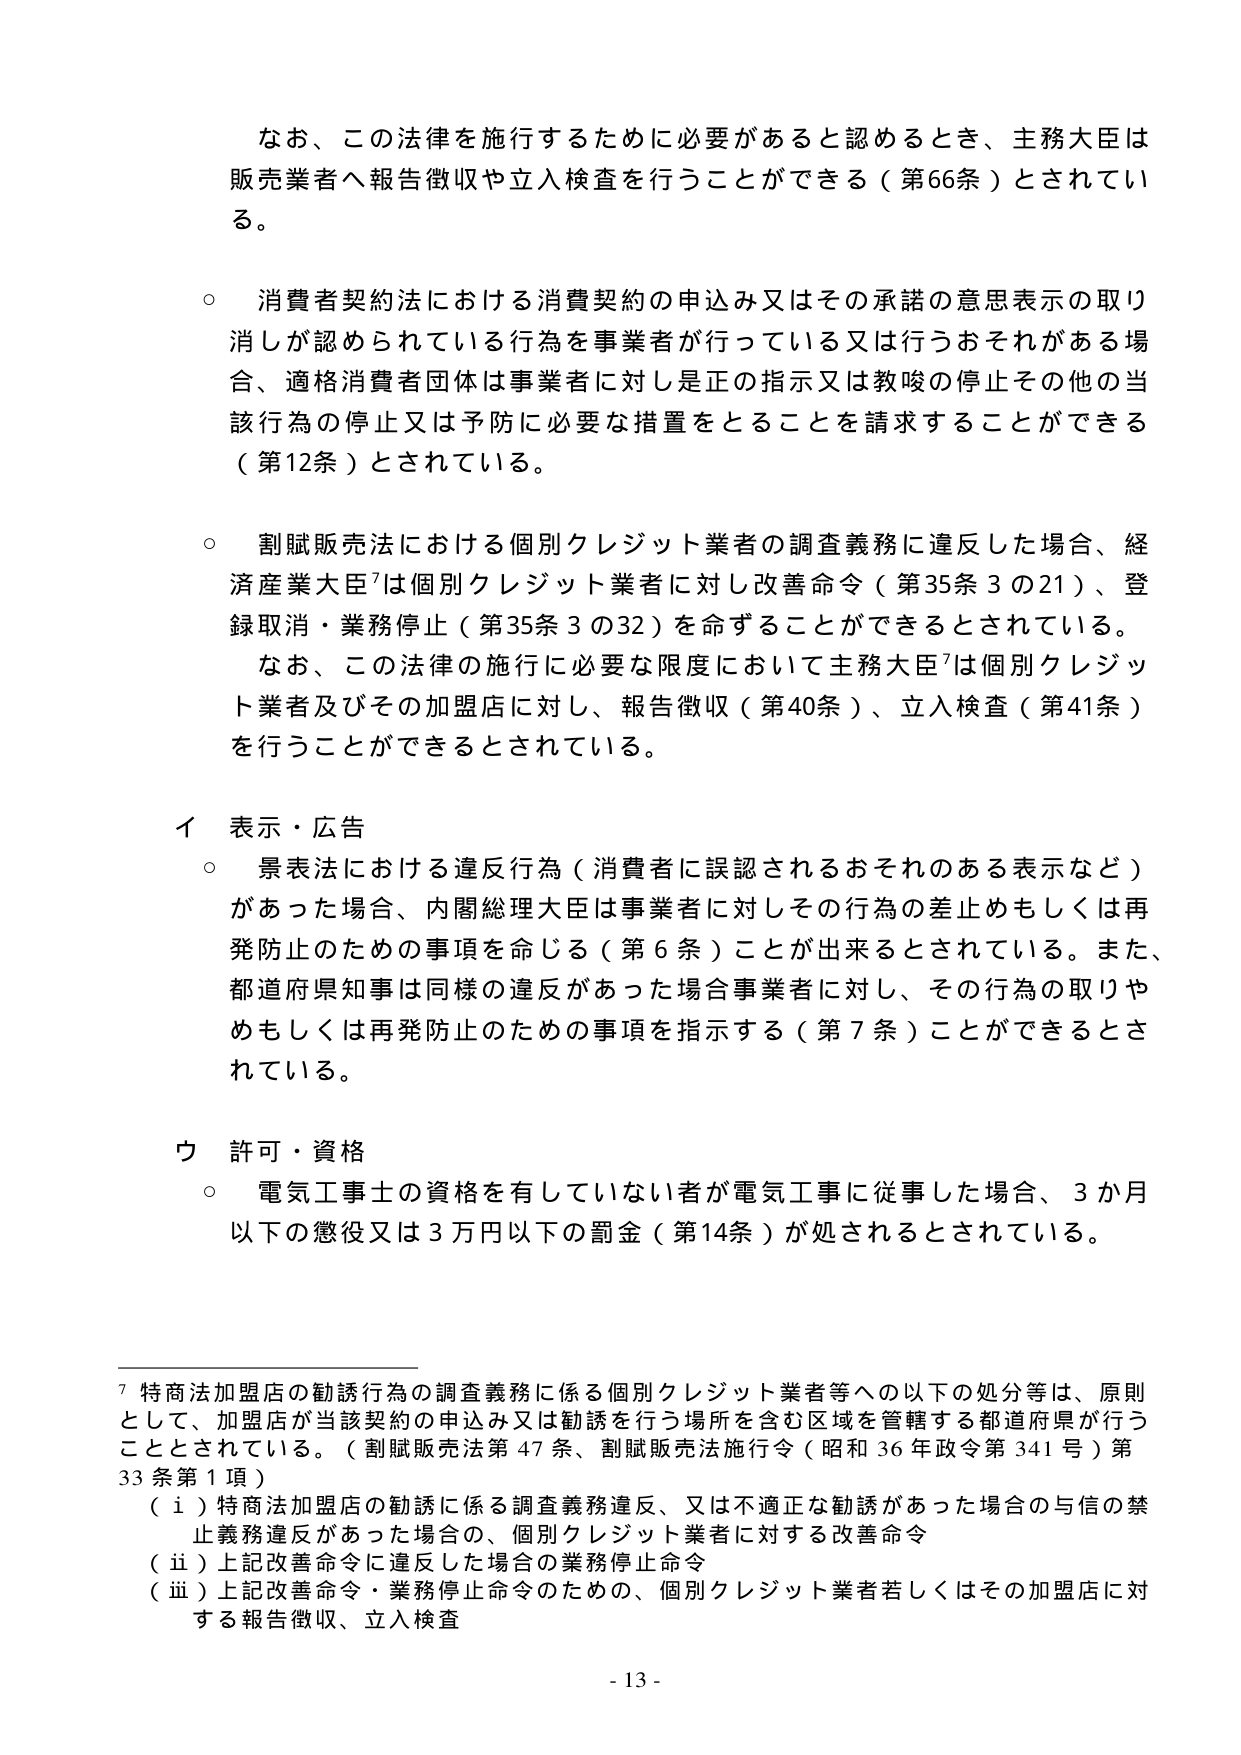
なお、この法律を施行するために必要があると認めるとき、主務大臣は販売業者へ報告徴収や立入検査を行うことができる（第66条）とされている。

○ 消費者契約法における消費契約の申込み又はその承諾の意思表示の取り消しが認められている行為を事業者が行っている又は行うおそれがある場合、適格消費者団体は事業者に対し是正の指示又は教唆の停止その他の当該行為の停止又は予防に必要な措置をとることを請求することができる（第12条）とされている。

○ 割賦販売法における個別クレジット業者の調査義務に違反した場合、経済産業大臣⁷は個別クレジット業者に対し改善命令（第35条3の21）、登録取消・業務停止（第35条3の32）を命ずることができるとしている。
　なお、この法律の施行に必要な限度において主務大臣⁷は個別クレジット業者及びその加盟店に対し、報告徴収（第40条）、立入検査（第41条）を行うことができるとしている。

イ 表示・広告
○ 景表法における違反行為（消費者に誤認されるおそれのある表示など）があった場合、内閣総理大臣は事業者に対しその行為の差止めもしくは再発防止のための事項を命じる（第6条）ことが出来るとされている。また、都道府県知事は同様の違反があった場合事業者に対し、その行為の取りやめもしくは再発防止のための事項を指示する（第7条）ことができるとしている。

ウ 許可・資格
○ 電気工事士の資格を有していない者が電気工事に従事した場合、3か月以下の懲役又は3万円以下の罰金（第14条）が科されるとしている。

⁷ 特商法加盟店の勧誘行為の調査義務に係る個別クレジット業者等への以下の処分等は、原則として、加盟店が当該契約の申込み又は勧誘を行う場所を含む区域を管轄する都道府県が行うこととされている。（割賦販売法第47条、割賦販売法施行令（昭和36年政令第341号）第33条第1項）
　（ⅰ）特商法加盟店の勧誘に係る調査義務違反、又は不適正な勧誘があった場合の与信の禁止義務違反があった場合の、個別クレジット業者に対する改善命令
　（ⅱ）上記改善命令に違反した場合の業務停止命令
　（ⅲ）上記改善命令・業務停止命令のための、個別クレジット業者若しくはその加盟店に対する報告徴収、立入検査

- 13 -